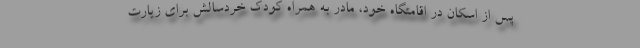
پس از اسکان در اقامتگاه خود، مادر به همراه کودک خردسالش برای زیارت